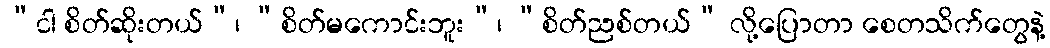
“ငါ စိတ်ဆိုးတယ်”၊ “စိတ်မကောင်းဘူး”၊ “စိတ်ညစ်တယ်” လို့ပြောတာ စေတသိက်တွေနဲ့